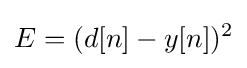
E=(d[n]-y[n])^{2}